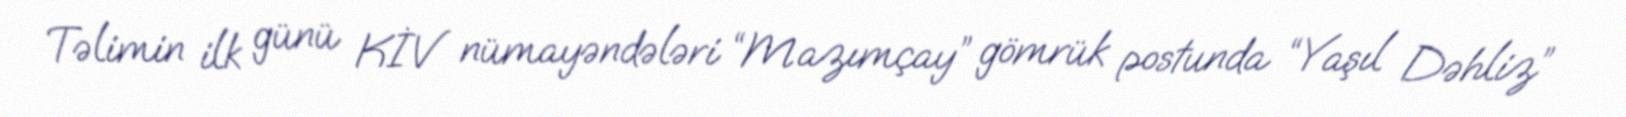
Təlimin ilk günü KİV nümayəndələri “Mazımçay” gömrük postunda “Yaşıl Dəhliz”